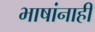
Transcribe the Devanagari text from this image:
भाषांनाही